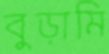
বুড়ামি